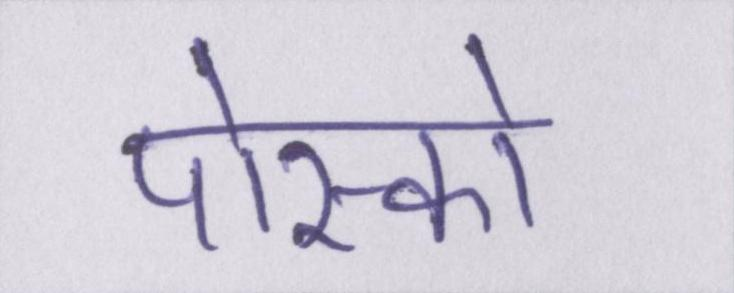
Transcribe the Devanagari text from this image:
पोस्को